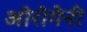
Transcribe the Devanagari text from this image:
ओरोगेनी